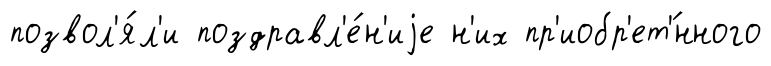
позвол'я́л'и поздравл'е́н'иjе н'их пр'иобр'ет'́нного